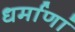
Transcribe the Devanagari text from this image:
धर्माणां